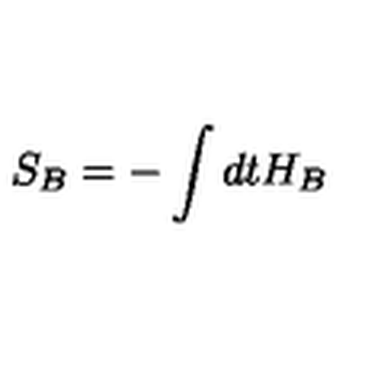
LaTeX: S _ { B } = - \int d t H _ { B }